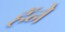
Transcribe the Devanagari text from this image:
हॅने